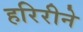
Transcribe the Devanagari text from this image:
हरिरीने